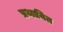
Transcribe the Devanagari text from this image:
प्रथावित